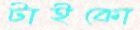
টাইকো